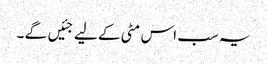
یہ سب اس مٹی کے لیے جئیں گے ۔